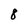
Character: 8